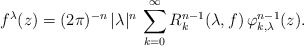
\begin{align*} f^\lambda(z) = (2\pi)^{-n}\, |\lambda|^n \, \sum_{k=0}^\infty R_k^{n-1}(\lambda, f)\, \varphi_{k,\lambda}^{n-1}(z).\end{align*}